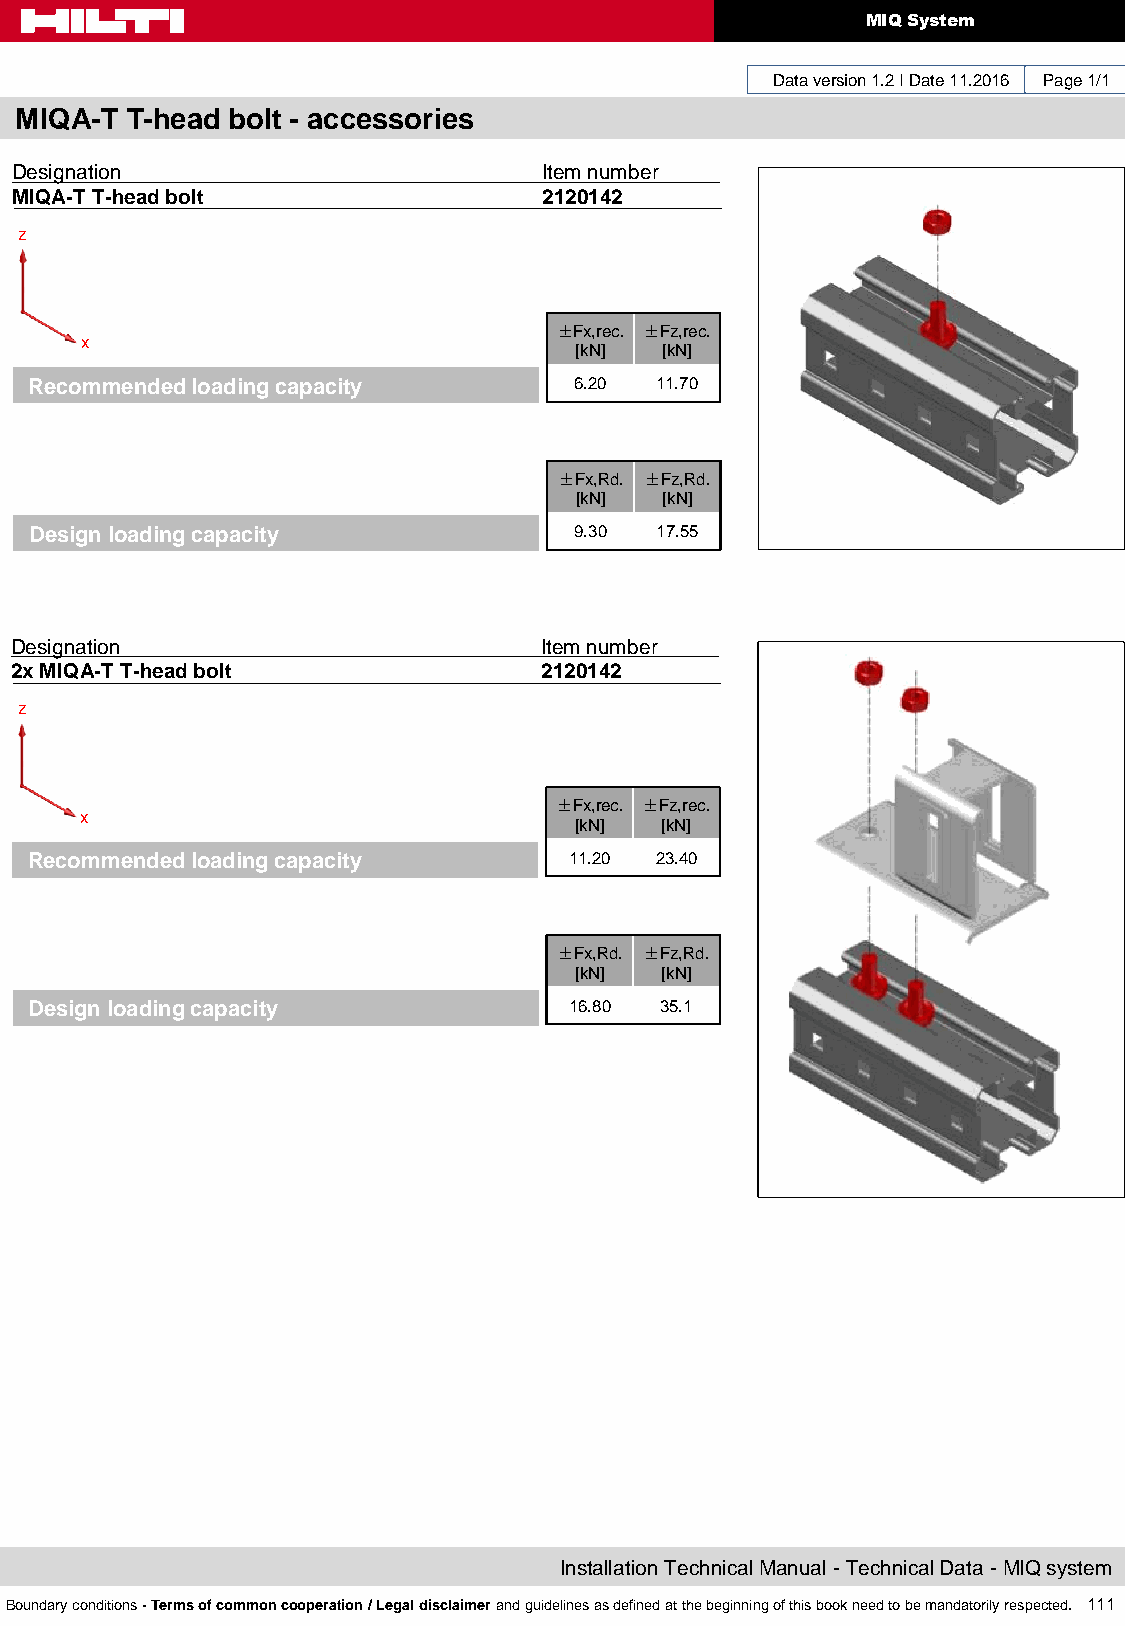
MIQ System
 Data version 1.2 I Date 11.2016 Page 1/1
 MIQA-T T-head bolt - accessories
 Designation                        Item number
 MIQA-T T-head bolt                 2120142
 z
 ±Fx,rec. ±Fz,rec.
 x
 [kN]  [kN]
 Recommended loading capacity        6.20 11.70
 ±Fx,Rd. ±Fz,Rd.
 [kN]  [kN]
 Design loading capacity             9.30 17.55
 Designation                        Item number
 2x MIQA-T T-head bolt              2120142
 z
 ±Fx,rec. ±Fz,rec.
 x
 [kN]  [kN]
 Recommended loading capacity        11.20 23.40
 ±Fx,Rd. ±Fz,Rd.
 [kN]  [kN]
 Design loading capacity             16.80 35.1
 Installation Technical Manual - Technical Data - MIQ system
 Boundary conditions - Terms of common cooperation / Legal disclaimer and guidelines as defined at the beginning of this book need to be mandatorily respected. 111